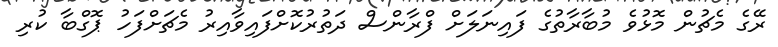
ރޭގެ މެޗުން މޮޅުވެ މުބާރާތުގެ ފައިނަލަށް ފްރާންސް ދަތުރުކޮށްފައިވާއިރު މެޗަށްފަހު ޕޮގްބާ ކުރި